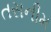
તસનીમ